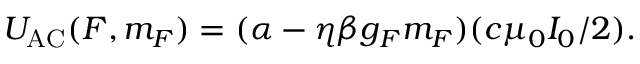
U _ { \mathrm { { A C } } } ( F , m _ { F } ) = ( \alpha - \eta \beta g _ { F } m _ { F } ) ( c \mu _ { 0 } I _ { 0 } / 2 ) .